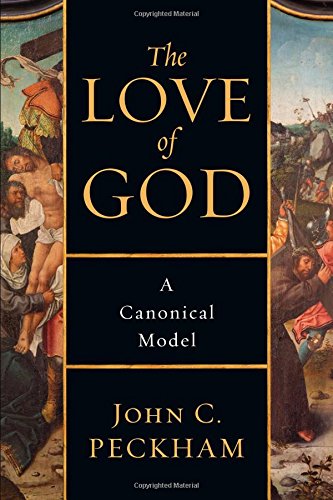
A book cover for The Love of God: A Canonical Model; John C. Peckham; Christian Books & Bibles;